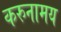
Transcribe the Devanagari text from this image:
करुनामय